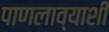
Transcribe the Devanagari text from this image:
पाणलाव्याशी